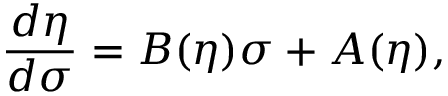
\frac { d \eta } { d \sigma } = B ( \eta ) \sigma + A ( \eta ) ,